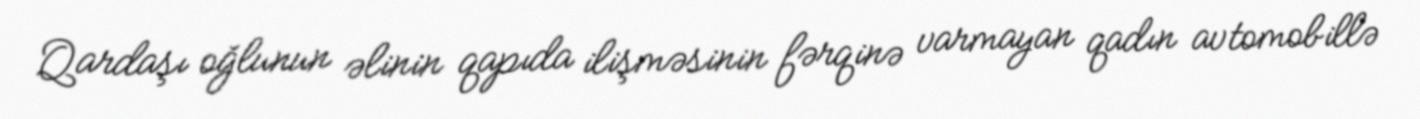
Qardaşı oğlunun əlinin qapıda ilişməsinin fərqinə varmayan qadın avtomobillə